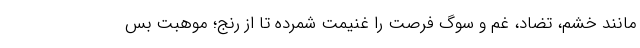
مانند خشم، تضاد، غم و سوگ فرصت را غنیمت شمرده تا از رنج؛ موهبت بس